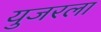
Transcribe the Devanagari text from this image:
युजरला